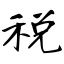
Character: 税